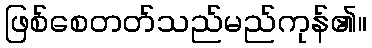
ဖြစ်စေတတ်သည်မည်ကုန်၏။